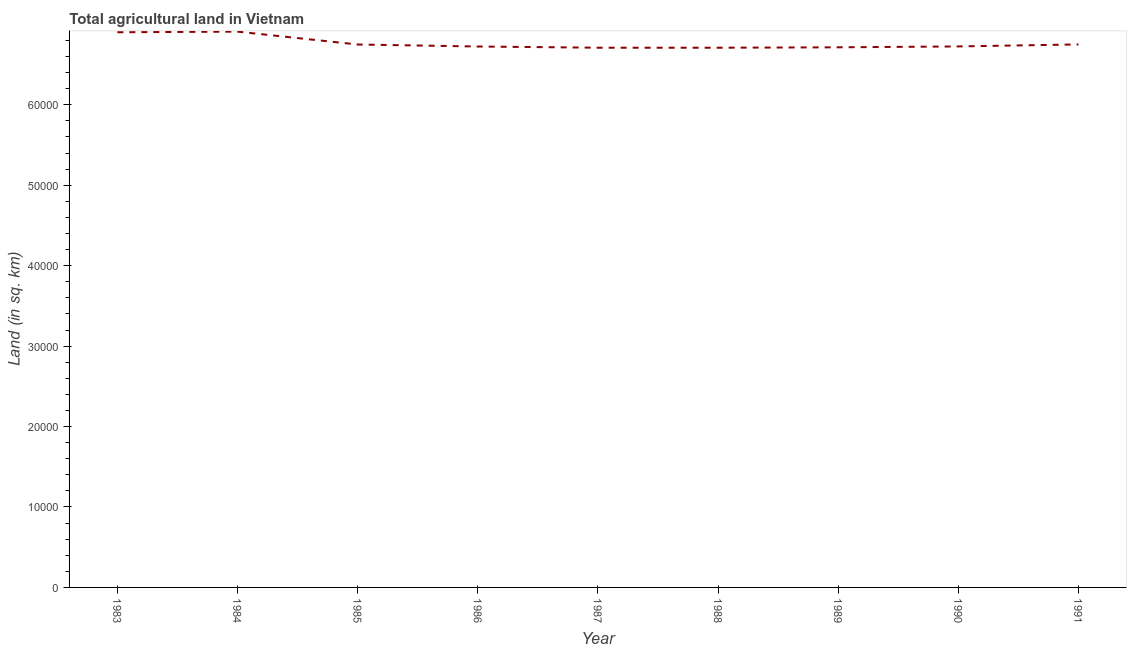
| Year | Agricultural land (sq. km) |
 | --- | --- |
 | 1983 | 6.9e+04 |
 | 1984 | 6.91e+04 |
 | 1985 | 6.75e+04 |
 | 1986 | 6.72e+04 |
 | 1987 | 6.71e+04 |
 | 1988 | 6.71e+04 |
 | 1989 | 6.72e+04 |
 | 1990 | 6.73e+04 |
 | 1991 | 6.75e+04 |